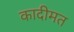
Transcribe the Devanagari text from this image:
कादीमत